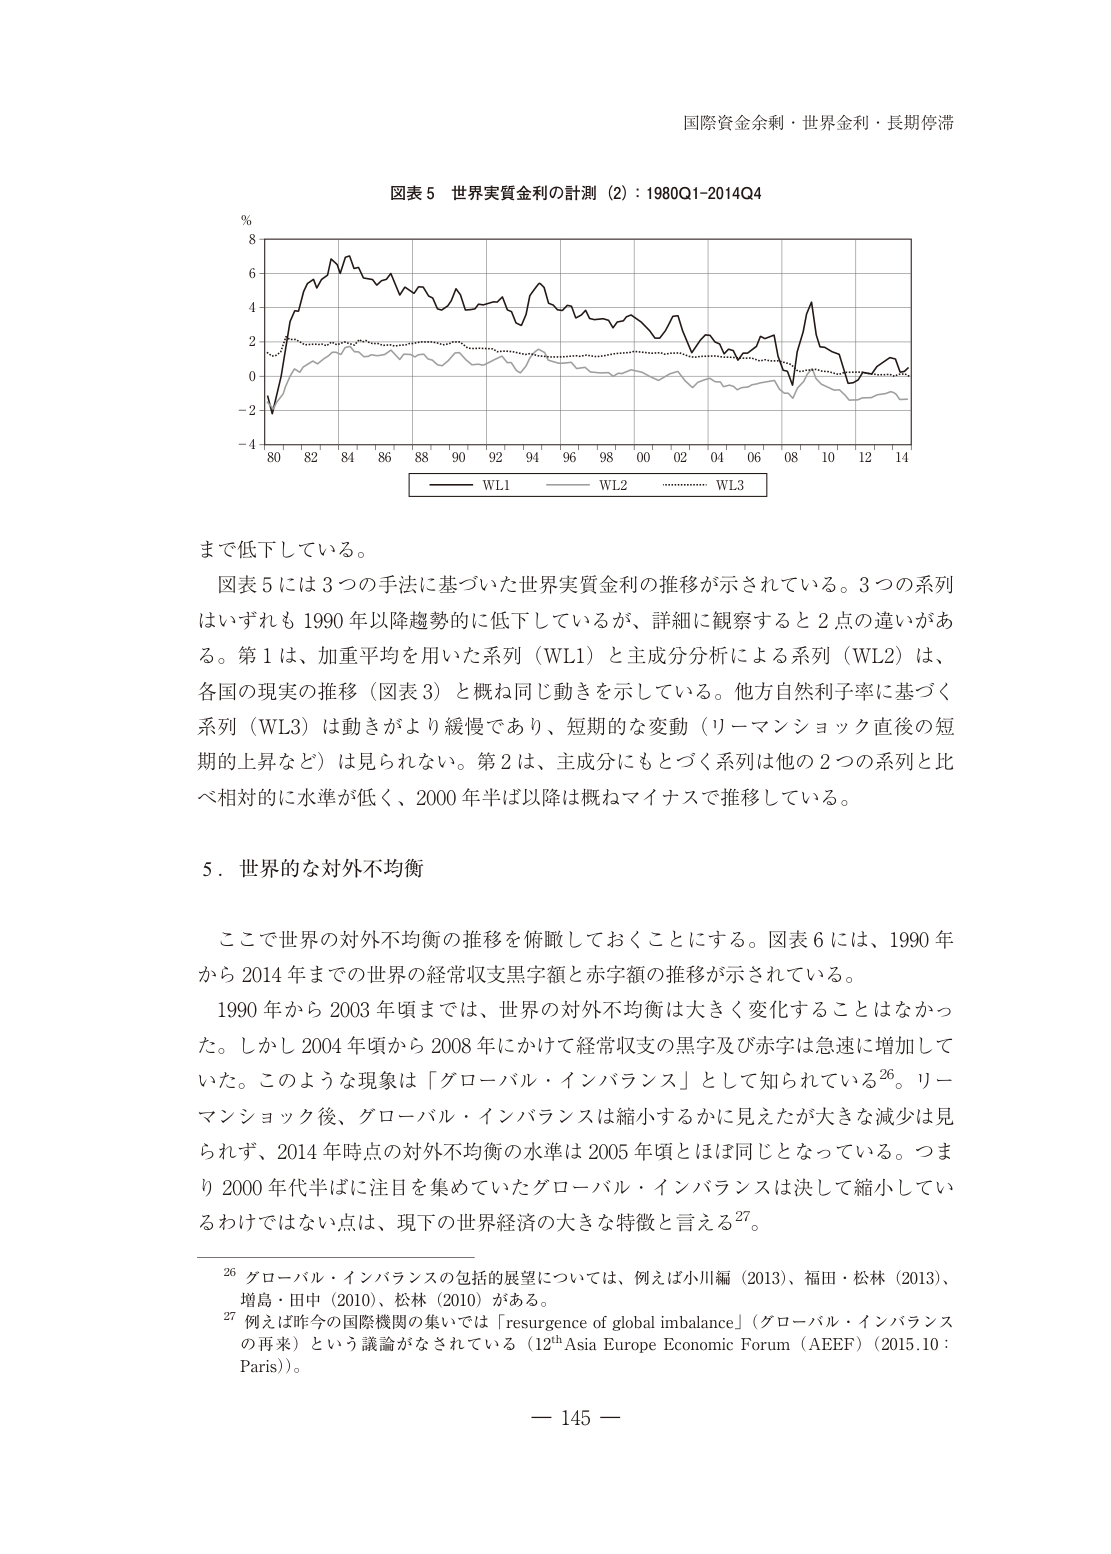
国際資金余剰・世界金利・長期停滞

図表５ 世界実質金利の計測（2）：1980Q1-2014Q4

%

8

6

4

2

0

-2

-4

80 82 84 86 88 90 92 94 96 98 00 02 04 06 08 10 12 14

WL1 WL2 WL3

まで低下している。

図表５には３つの手法に基づいた世界実質金利の推移が示されている。３つの系列はいずれも1990年以降趨勢的に低下しているが、詳細に観察すると２点の違いがある。第１は、加重平均を用いた系列（WL1）と主成分分析による系列（WL2）は、各国の現実の推移（図表３）と概ね同じ動きを示している。他方自然利子率に基づく系列（WL3）は動きがより緩慢であり、短期的な変動（リーマンショック直後の短期的上昇など）は見られない。第２は、主成分にもとづく系列は他の２つの系列と比べ相対的に水準が低く、2000年半ば以降は概ねマイナスで推移している。

５．世界的な対外不均衡

ここで世界の対外不均衡の推移を俯瞰しておくことにする。図表６には、1990年から2014年までの世界の経常収支黒字額と赤字額の推移が示されている。

1990年から2003年頃までは、世界の対外不均衡は大きく変化することはなかった。しかし2004年頃から2008年にかけて経常収支の黒字及び赤字は急速に増加していた。このような現象は「グローバル・インバランス」として知られている26。リーマンショック後、グローバル・インバランスは縮小するかに見えたが大きな減少は見られず、2014年時点の対外不均衡の水準は2005年頃とほぼ同じとなっている。つまり2000年代半ばに注目を集めていたグローバル・インバランスは決して縮小しているわけではない点は、現下の世界経済の大きな特徴と言える27。

26 グローバル・インバランスの包括的展望については、例えば小川編（2013）、福田・松林（2013）、増島・田中（2010）、松林（2010）がある。

27 例えば昨今の国際機関の集いでは「resurgence of global imbalance」（グローバル・インバランスの再来）という議論がなされている（12th Asia Europe Economic Forum（AEEF）（2015.10：Paris））。

— 145 —